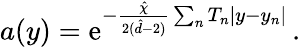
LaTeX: a(y)=\mathrm{e}^{-\frac{{\hat{{\chi}}}}{{2(\hat{{d}}-2)}}\sum_{n}T_{n}|y-y_{n}|}\, .